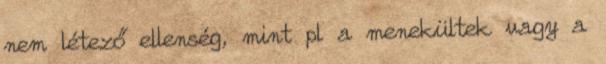
nem létező ellenség, mint pl a menekültek vagy a